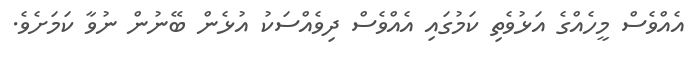
އެއްވެސް މީހެއްގެ އަޅުވެތި ކަމުގައި އެއްވެސް ދިވެއްސަކު އުޅެން ބޭނުން ނުވާ ކަމަށެވެ.